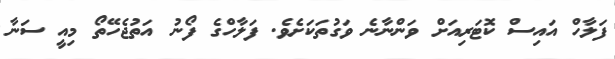
ފަލާހް އައިސް ކޮޓަރިއަށް ވަންނާނެ ވަގުތަކަށެވެ. ފަލާހްގެ ފޯނު އަތުޖެހޭތޯ މިއީ ސަނާ